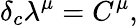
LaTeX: \delta_{c}\lambda^{\mu}=C^{\mu},